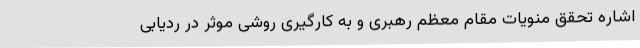
اشاره تحقق منویات مقام معظم رهبری و به کارگیری روشی موثر در ردیابی